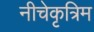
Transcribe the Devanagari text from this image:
नीचेकृत्रिम